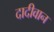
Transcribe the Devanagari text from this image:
दादीवान